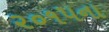
૨૦૧૫ના